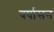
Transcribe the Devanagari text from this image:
वर्षासन